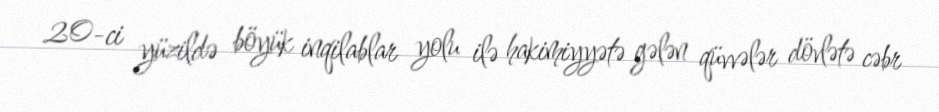
20-ci yüzildə böyük inqilablar yolu ilə hakimiyyətə gələn qüvvələr dövlətə cəbr